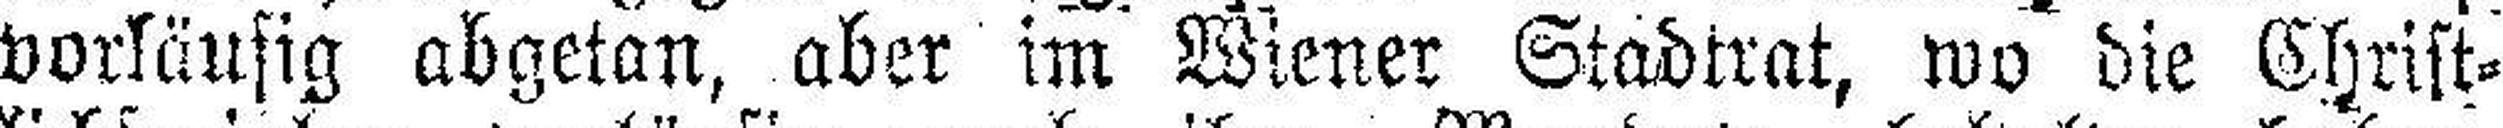
vorläufig abgetan, aber im Wiener Stadtrat, wo die Christ¬